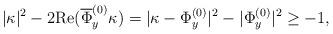
LaTeX: \begin{align*}|\kappa|^2-2 \mathrm{Re} (\overline{\Phi}^{(0)}_y\kappa) = |\kappa - \Phi^{(0)}_y|^2 - |\Phi^{(0)}_y|^2 \geq -1,\end{align*}